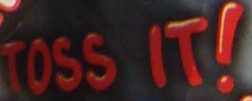
TOSS IT!